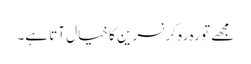
مجھے تو رہ رہ کر نسرین کا خیال آتا ہے۔